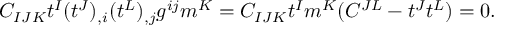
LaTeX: C _ { I J K } t ^ { I } ( t ^ { J } ) _ { , i } ( t ^ { L } ) _ { , j } g ^ { i j } m ^ { K } = C _ { I J K } t ^ { I } m ^ { K } ( C ^ { J L } - t ^ { J } t ^ { L } ) = 0 .